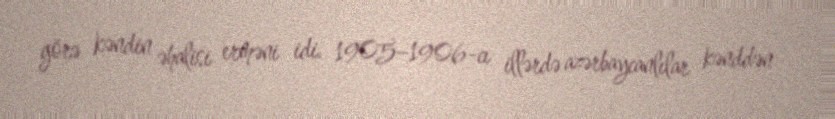
görə kəndin əhalisi erməni idi. 1905–1906-cı illərdə azərbaycanlılar kənddən